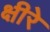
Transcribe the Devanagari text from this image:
क्षीरे